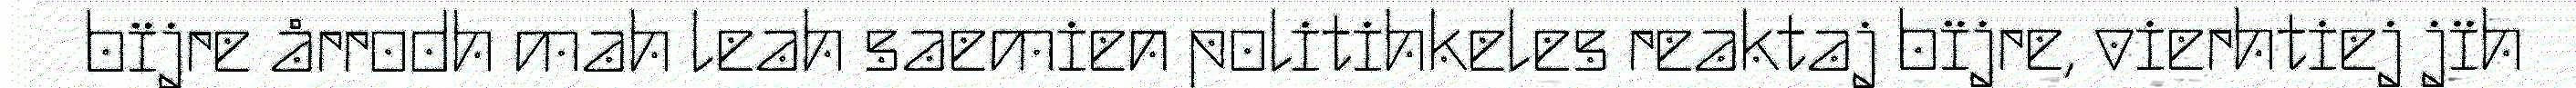
bïjre årrodh mah leah saemien politihkeles reaktaj bïjre, vierhtiej jïh